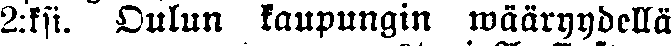
2:ksi Oulun kaupungin wääryydellä